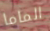
الماما